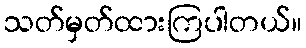
သတ်မှတ်ထားကြပါတယ်။